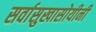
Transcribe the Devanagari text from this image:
सर्वासुखासोयीनी